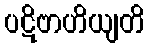
ပဋိဗာဟိယျတိ